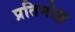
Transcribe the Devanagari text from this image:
प्रतिमोक्ष